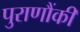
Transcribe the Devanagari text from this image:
पुराणौंकी